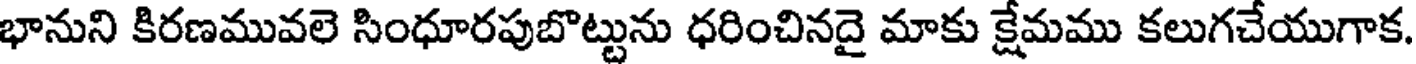
భానుని కిరణమువలె సింధూరపుబొట్టును ధరించినదై మాకు క్షేమము కలుగచేయుగాక